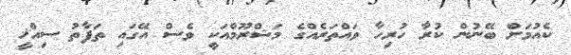
ކެއުމަށް ބޭނުން ކުރާ ހުރިހާ ވައްތަރެއްގެ މަޝްރޫމްއަކީ ވެސް އޭގައި ތަފާތު ސިއްޚީ